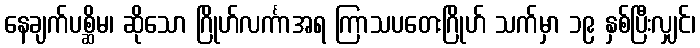
နေချက်ပစ္ဆိမ၊ ဆိုသော ဂြိုဟ်လင်္ကာအရ ကြာသပတေးဂြိုဟ် သက်မှာ ၁၉ နှစ်ပြီးလျှင်၊